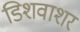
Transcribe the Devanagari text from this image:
डिशवाशर